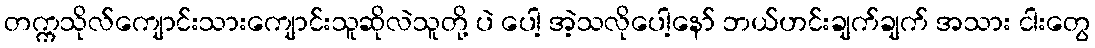
တက္ကသိုလ်ကျောင်းသားကျောင်းသူဆိုလဲသူတို့ ပဲ ပေါ့ အဲ့သလိုပေါ့နော် ဘယ်ဟင်းချက်ချက် အသား ငါးတွေ